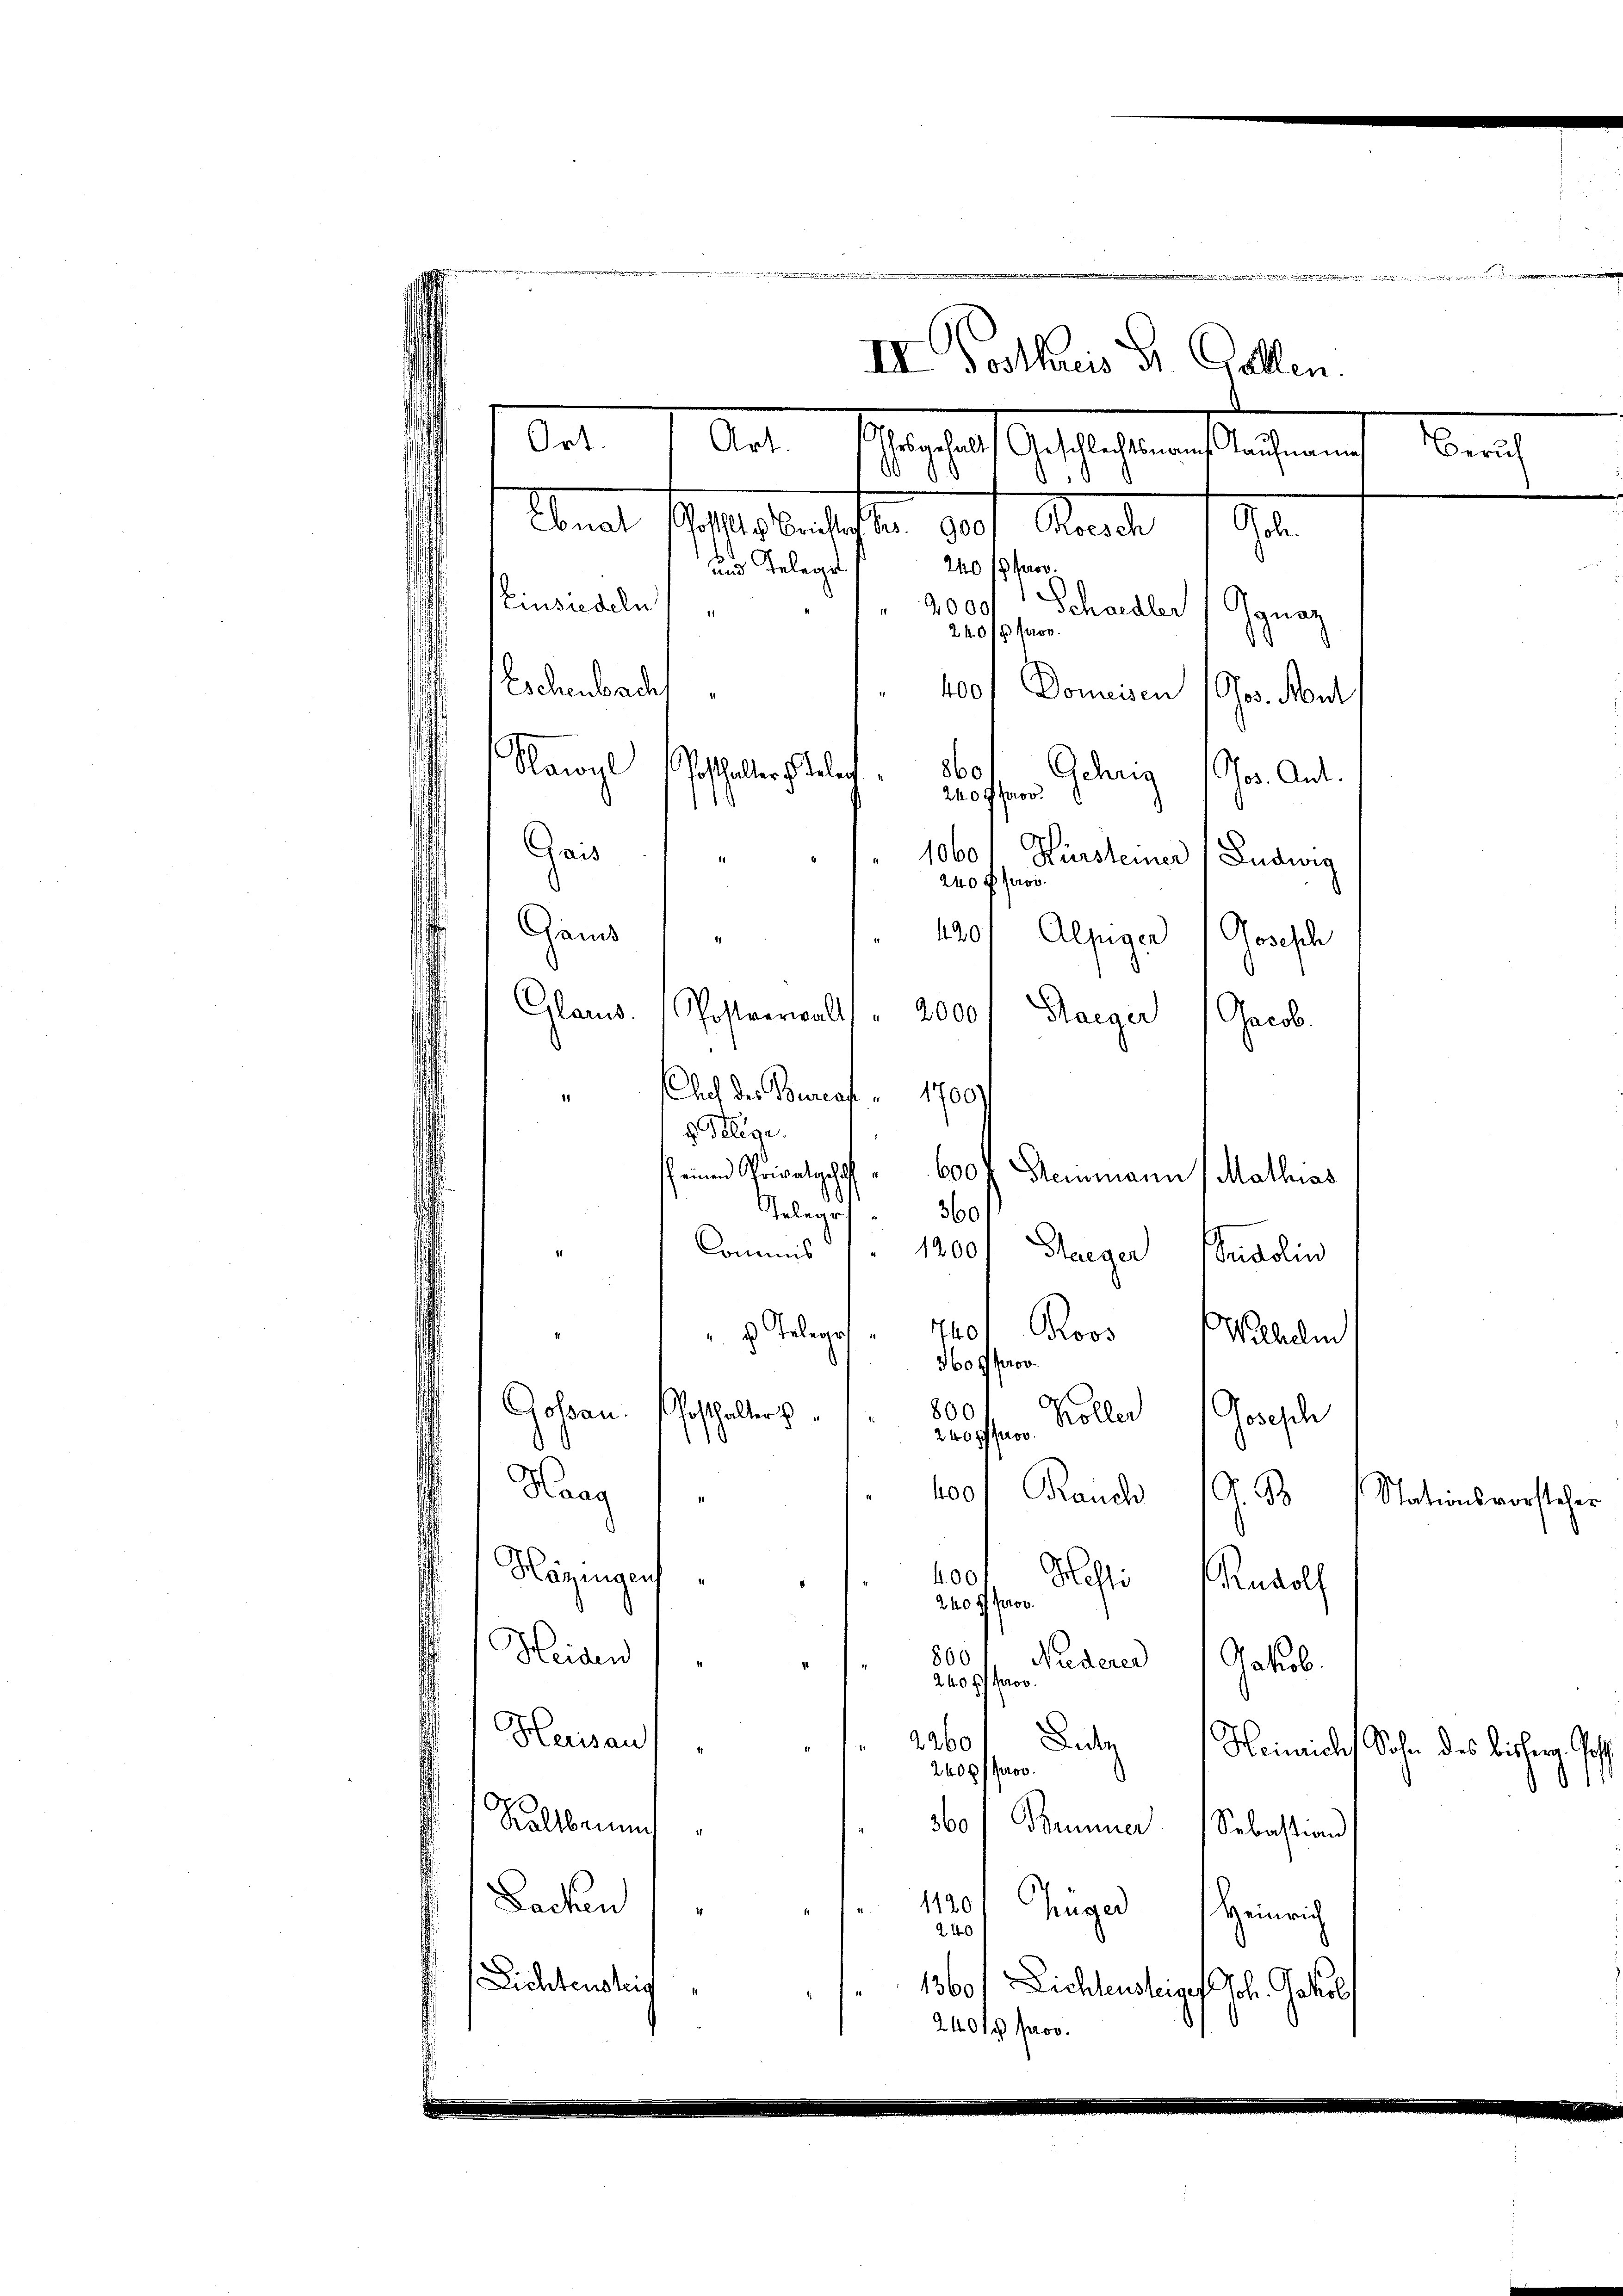
.
240/00.
und Telege
Einsiedeln
4,000
Schaedler
Ignaz
2401 pro
Eschenbach
400
Domessen (Ges. Nont
“
860
Gelang Jos. Ant.
240 f prov.
Gass
1060
Hürsteiner (Ludwig
240 f prov.
Gand
120
Alpiger Joseph
Glanes. / Postverwalt " 2000
Haeger
Jacob.
"Euch des Bureaf " 17001
 Telege.
scheinen Privatgehof 600
Steinmann Mathias
360
telege
Commis 1200 f. Haeger Fridolin
¬
 Telege 740 Proos
Wilhelm
360 g prov.
.
Goßau.
800
osthalter
Kollen Gosesch
240 g prov
.
400
Rauch G. B.
Haag
Häzingen
Mahle
400
Rudolf
240 ff Pro
Heiden
800
Niderer
1
Jakub
240 f. fo
Herisau
 2260
Eidg
2400 ff
Rollbaum
360
Bormner Sebastian
Sachen
1120 Zuger Heinrich
40
Lichtensteig
1360.
Lichtensteiges Joh. Gesel
2401 prov.

II Posthuis Dr. Gallen.
Ort.
Art. Mandas Anschachtens dessenen
0
.
Amat fl. 100 angester 1890.
Stunde 1890.

Kanzl

Posthalter u. teler
¬

e

Stationsvorsteher

Zürich

Heinrich, Sohn des bisherig Jah